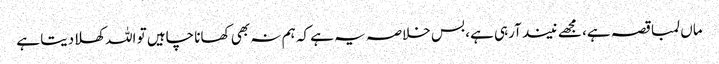
ماں لمبا قصہ ہے، مجھے نیند آرہی ہے، بس خلاصہ یہ ہے کہ ہم نہ بھی کھانا چاہیں تو اللہ کھلادیتا ہے